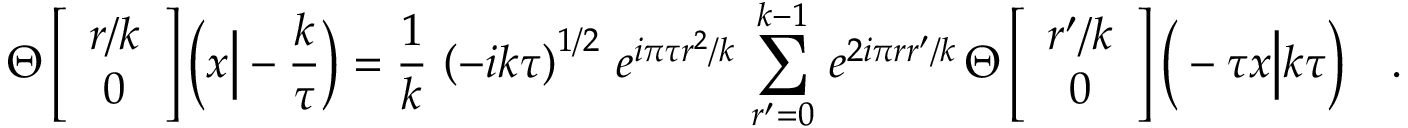
\Theta \left[ \begin{array} { c } { { r / k } } \\ { { 0 } } \end{array} \right] \Big ( x \Big | - \frac { k } { \tau } \Big ) = \frac { 1 } { k } \, \left( - i k \tau \right) ^ { 1 / 2 } \, e ^ { i \pi \tau r ^ { 2 } / k } \, \sum _ { r ^ { \prime } = 0 } ^ { k - 1 } \, e ^ { 2 i \pi r r ^ { \prime } / k } \, \Theta \left[ \begin{array} { c } { { r ^ { \prime } / k } } \\ { { 0 } } \end{array} \right] \Big ( - \tau x \Big | k \tau \Big ) \ \ \ .